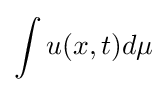
\int u(x,t)d\mu